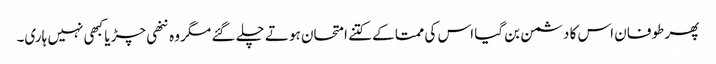
پھر طوفان اس کا دشمن بن گیا اس کی ممتا کے کتنے امتحان ہوتے چلے گئے مگر وہ ننھی چڑیا کبھی نہیں ہاری۔